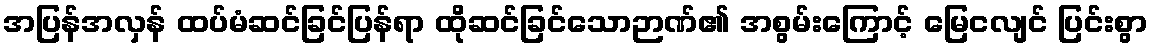
အပြန်အလှန် ထပ်မံဆင်ခြင်ပြန်ရာ ထိုဆင်ခြင်သောဉာဏ်၏ အစွမ်းကြောင့် မြေငလျင် ပြင်းစွာ